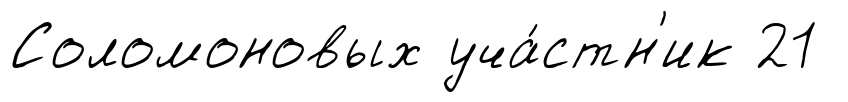
Соломоновых уча́стн'ик 21